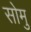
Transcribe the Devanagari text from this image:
सोमु